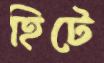
হিটে